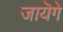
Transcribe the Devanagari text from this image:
जायॆगे